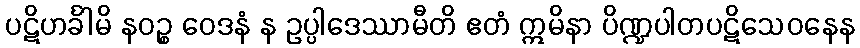
ပဋိဟင်္ခါမိ နဝဉ္စ ဝေဒနံ န ဥပ္ပါဒေဿာမီတိ ဧတံ ဣမိနာ ပိဏ္ဍပါတပဋိသေဝနေန